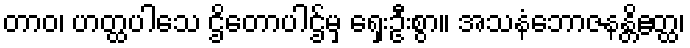
တာဝ၊ ဟတ္ထပါသေ ဌိတောပါဌ်မှ ရှေးဦးစွာ။ အသနံဘောဇနန္တိဧတ္ထ၊